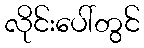
လိုင်းပေါ်တွင်